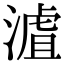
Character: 𣻐